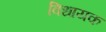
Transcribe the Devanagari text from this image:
विधायक